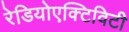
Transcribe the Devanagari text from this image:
रेडियोएक्टिविटी